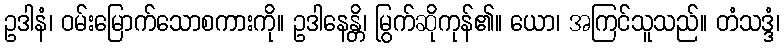
ဥဒါနံ၊ ဝမ်းမြောက်သောစကားကို။ ဥဒါနေန္တိ၊ မြွက်ဆိုကုန်၏။ ယော၊ အကြင်သူသည်။ တံသဒ္ဒံ၊